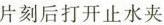
片刻后打开止水夹